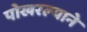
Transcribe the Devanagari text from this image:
पोखरल्याने